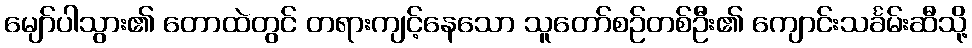
မျော်ပါသွား၏ တောထဲတွင် တရားကျင့်နေသော သူတော်စဉ်တစ်ဦး၏ ကျောင်းသင်္ခမ်းဆီသို့